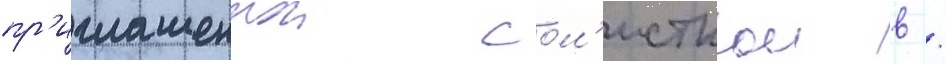
пр'иглашеннои сол'исткои в /